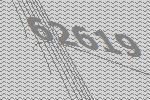
62619